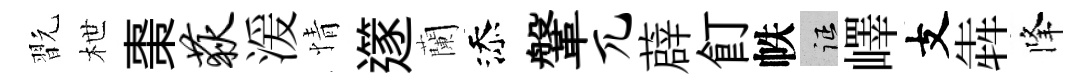
翫枻棗荻湲情𨗹蘭添鞶兀薜飣帙征嶧支犇降